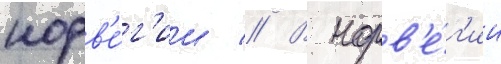
норв'е́г'ии // В норв'е́г'ии